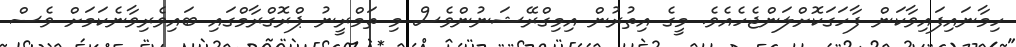
ހިމާނައިފައިވާކަން ފާހަގަކޮށްލަންޖެހެއެވެ. މީގެ އިތުރުން އިމިގްރޭޝަނުންވެސް މި ތަމްރީނު ޕްރޮގްރާމްގައި ބައިވެރިވާނެކަމަށް ވެސް